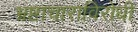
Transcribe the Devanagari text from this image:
भ्रष्टाचाराविरोधी